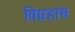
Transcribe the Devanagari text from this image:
विग्रहास